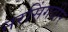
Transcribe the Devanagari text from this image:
नरसिंगवीर